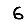
Digit: 6